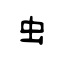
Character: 虫